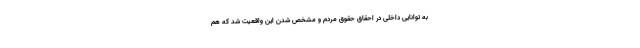
به توانایی داخلی در احقاق حقوق مردم و مشخص شدن این واقعیت شد که هم